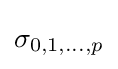
\sigma _{0,1,...,p}